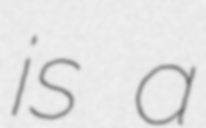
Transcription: is a